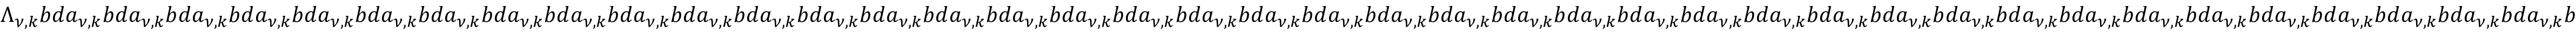
\Lambda _ { \nu , k } b d a _ { \nu , k } b d a _ { \nu , k } b d a _ { \nu , k } b d a _ { \nu , k } b d a _ { \nu , k } b d a _ { \nu , k } b d a _ { \nu , k } b d a _ { \nu , k } b d a _ { \nu , k } b d a _ { \nu , k } b d a _ { \nu , k } b d a _ { \nu , k } b d a _ { \nu , k } b d a _ { \nu , k } b d a _ { \nu , k } b d a _ { \nu , k } b d a _ { \nu , k } b d a _ { \nu , k } b d a _ { \nu , k } b d a _ { \nu , k } b d a _ { \nu , k } b d a _ { \nu , k } b d a _ { \nu , k } b d a _ { \nu , k } b d a _ { \nu , k } b d a _ { \nu , k } b d a _ { \nu , k } b d a _ { \nu , k } b d a _ { \nu , k } b d a _ { \nu , k } b d a _ { \nu , k } b d a _ { \nu , k } b d a _ { \nu , k } b d a _ { \nu , k } b d a _ { \nu , k } b d a _ { \nu , k } b d a _ { \nu , k } b d a _ { \nu , k } b d a _ { \nu , k } b d a _ { \nu , k } b d a _ { \nu , k } b d a _ { \nu , k } b d a _ { \nu , k } b d a _ { \nu , k } b d a _ { \nu , k } b d a _ { \nu , k } b d a _ { \nu , k } b d a _ { \nu , k } b d a _ { \nu , k } b d a _ { \nu , k } b d a _ { \nu , k } b d a _ { \nu , k } b d a _ { \nu , k } b d a _ { \nu , k } b d a _ { \nu , k } b d a _ { \nu , k } b d a _ { \nu , k } b d a _ { \nu , k } b d a _ { \nu , k } b d a _ { \nu , k } b d a _ { \nu , k } b d a _ { \nu , k } b d a _ { \nu , k } b d a _ { \nu , k } b d a _ { \nu , k } b d a _ { \nu , k } b d a _ { \nu , k } b d a _ { \nu , k } b d a _ { \nu , k } b d a _ { \nu , k } b d a _ { \nu , k } b d a _ { \nu , k } b d a _ { \nu , k } b d a _ { \nu , k } b d a _ { \nu , k } b d a _ { \nu , k } b d a _ { \nu , k } b d a _ { \nu , k } b d a _ { \nu , k } b d a _ { \nu , k } b d a _ { \nu , k } b d a _ { \nu , k } b d a _ { \nu , k } b d a _ { \nu , k } b d a _ { \nu , k } b d a _ { \nu , k } b d a _ { \nu , k } b d a _ { \nu , k } b d a _ { \nu , k } b d a _ { \nu , k }